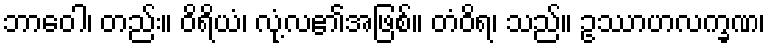
ဘာဝေါ၊ တည်း။ ဝိရိယံ၊ လုံ့လ၏အဖြစ်။ တံဝိရ၊ သည်။ ဥဿာဟလက္ခဏ၊